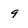
Character: 9